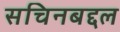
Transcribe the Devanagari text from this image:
सचिनबद्दल